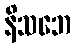
နိသဘေ